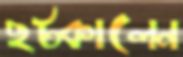
ছট্‌কালেন